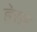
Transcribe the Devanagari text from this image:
हेसर